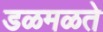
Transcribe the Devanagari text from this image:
डळमळते